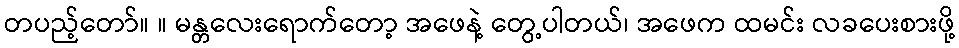
တပည့်တော်။ ။ မန္တလေးရောက်တော့ အဖေနဲ့ တွေ့ပါတယ်၊ အဖေက ထမင်း လခပေးစားဖို့